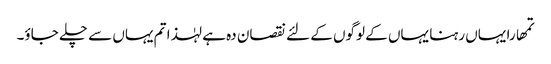
تمھارا یہاں رہنا یہاں کے لوگوں کے لئے نقصان دہ ہے لہٰذا تم یہاں سے چلے جاؤ۔